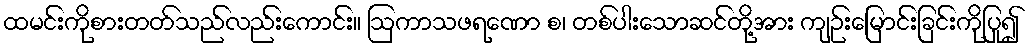
ထမင်းကိုစားတတ်သည်လည်းကောင်း။ ဩကာသဖရဏော စ၊ တစ်ပါးသောဆင်တို့အား ကျဉ်းမြောင်းခြင်းကိုပြု၍